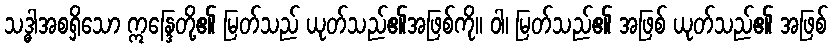
သဒ္ဓါအစရှိသော ဣန္ဒြေတို့၏ မြတ်သည် ယုတ်သည်၏အဖြစ်ကို။ ဝါ၊ မြတ်သည်၏ အဖြစ် ယုတ်သည်၏ အဖြစ်